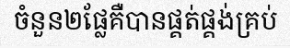
ចំនួន២ផ្លែគឺបានផ្គត់ផ្គង់គ្រប់